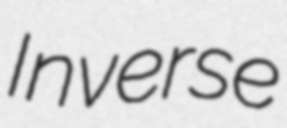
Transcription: Inverse